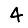
Digit: 4